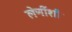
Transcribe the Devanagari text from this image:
लेणींशी